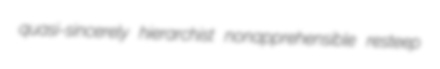
quasi-sincerely hierarchist nonapprehensible resteep